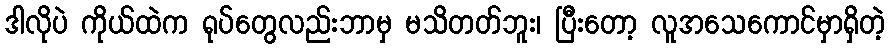
ဒါလိုပဲ ကိုယ်ထဲက ရုပ်တွေလည်းဘာမှ မသိတတ်ဘူး၊ ပြီးတော့ လူအသေကောင်မှာရှိတဲ့